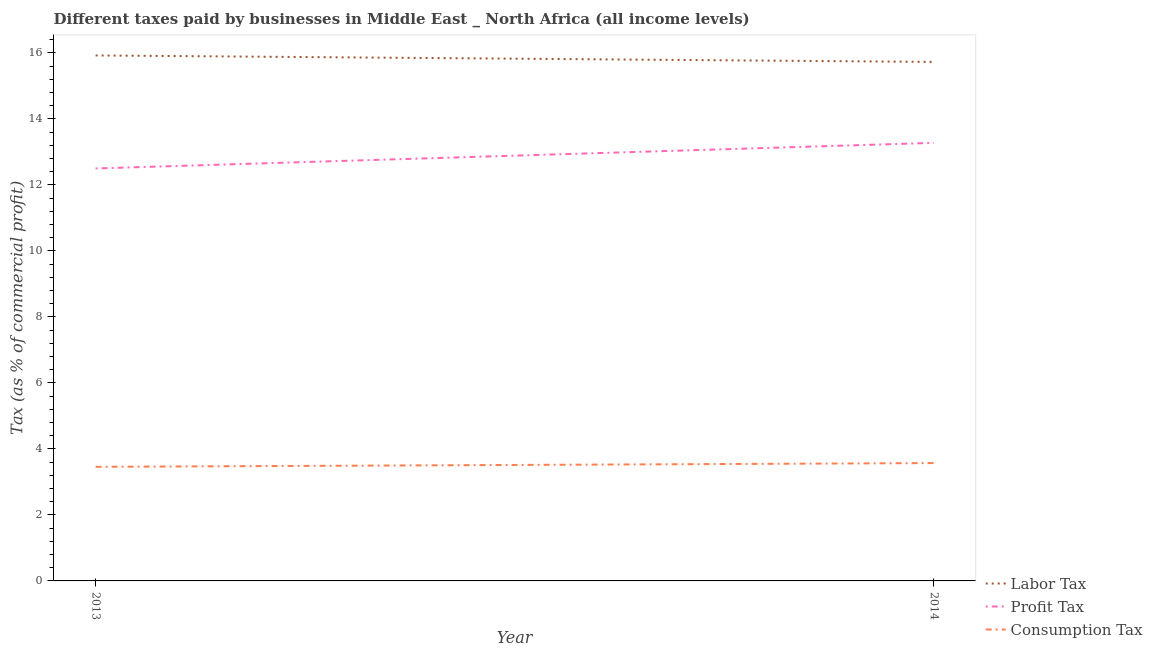
| Year | Labor Tax | Profit Tax | Consumption Tax |
 | --- | --- | --- | --- |
 | 2013 | 15.9 | 12.5 | 3.46 |
 | 2014 | 15.7 | 13.3 | 3.57 |